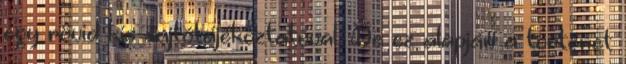
egy rövid kis sajtótájékoztatóval. De ez alapján a történet